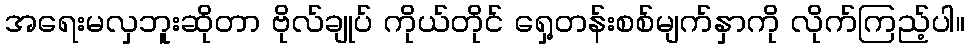
အရေးမလှဘူးဆိုတာ ဗိုလ်ချုပ် ကိုယ်တိုင် ရှေ့တန်းစစ်မျက်နှာကို လိုက်ကြည့်ပါ။